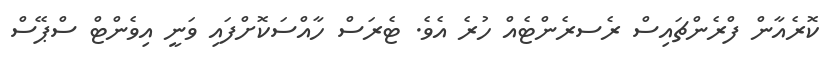
ކޮރެއާން ފްރެންޗައިސް ރެސރެންޓެއް ހުރެ އެވެ. ޓެރަސް ހާއްސަކޮށްފައި ވަނީ އިވެންޓް ސްޕޭސް